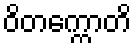
ဝိတက္ကောတိ